Annual report on the health of the army in India
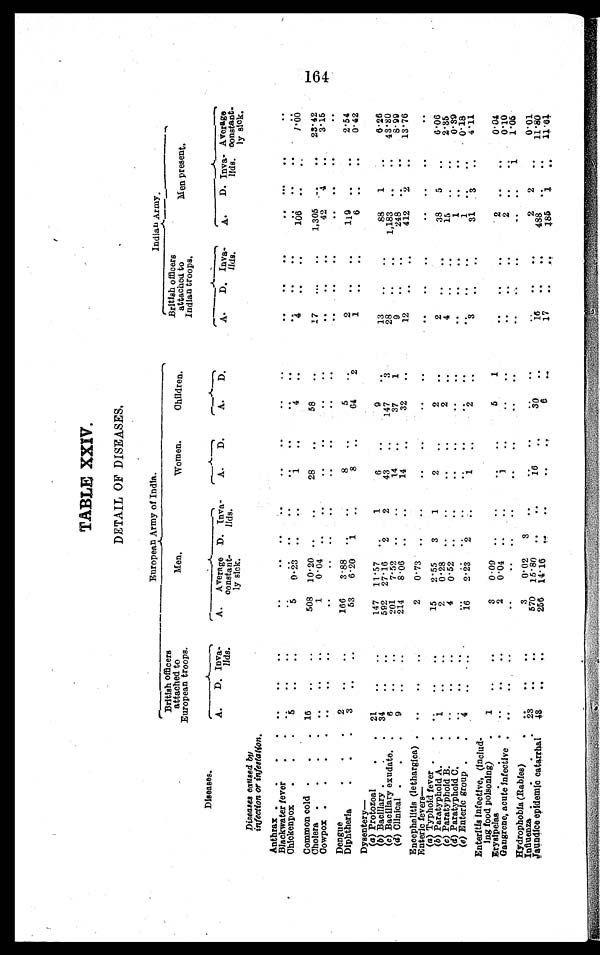
TABLE XXIV.
DETAIL OF DISEASES.
European Army of India.
Indian Army.
British officers
attached to
European troops.
Men.
Women.
Children,
British officers
attached to
Indian troops.
Men present.
Diseases.
A.
D. Inva-
lids.
A.
Average
constant-
ly sick.
D.
I n v a -
lids.
A.
D.
A.
D.
A.
D. Inva-
lids.
A.
D. Inva-
lids.
Average
constant -
ly sick.
Diseases caused by
infection or infestation.
Anthrax . . .
. . .
. . .
. . .
. . .
. . .
. . .
. . .
. . .
. . .
. . .
. . .
. . .
. . .
. . .
. . .
. . .
. . .
. . .
Blackwater fever . . .
. . .
. . .
. . .
. . .
. . .
. . .
. . .
. . .
. . .
. . . . . .
. . .
. . .
. . .
. . . . . .
. . .
. . .
Chickenpox . . .
5
. . .
. . .
5
1 . 0 0
0.23
. . .
. . .
1
. . .
4
. . .
4
. . .
. . .
1 0 6
. . .
. . .
cold . . . 16
. . .
. . .
508
10.20 . . .
. . .
28
. . .
58
. . .
17
. . .
. . .
1,305
. . .
. . . 23.42
Ch
Common cold . . .
. . .
. . .
. . .
. . .
. . .
1
3. 15
0.04
. . .
. . .
. . .
. . .
. . .
. . .
42
. . .
. . .
Cowpox . . .
. . .
. . .
. . .
. . .
. . .
. . .
. . .
. . .
. . .
. . .
. . .
. . .
. . .
. . .
. . .
. . .
. . .
. . .
Dengue . . .
. . .
. . .
. . .
166
. . .
. . .
2.54
3.88
. . .
. . .
8
. . .
5
. . .
1 1 9
2
. . .
. . .
Diphtheria . . .
3
. . .
. . .
53
6.20
1
. . .
8
. . .
64
2
1
. . .
. . .
. . .
. . .
0.42
6
Dysentery—
( a ) P r o t o z o a l . . . 21
. . .
. . .
147 11.57
. . .
1
6
. . .
9
. . .
13
. . .
. . .
88
1
. . .
6.26
( b )B
a c i l l a r y
. . . 34
. . .
. . .
. . .
592 27.16
2
43
2
. . .
147
3
28
1,183
. . .
. . .
. . .
. . .
(c) Bacillary exudate . . .
6
. . .
. . .
8 . 9 9
201
7.52
14
37
1
9
248
. . .
. . .
. . .
. . .
. . .
. . .
. . .
(d) Clinical . . .
9
. . .
. . .
214
8.06
13.76
. . .
14
32
. . .
12
412
. . .
. . .
2
. . .
. . .
. . .
Encephalitis (lethargica) . . .
. . .
. . .
. . .
2
0.7
. . .
. . .
. . .
. . .
. . .
. . .
. . .
. . .
. . .
. . .
. . .
. . .
. . .
Enteric fevers—
. . .
. . .
. . .
(a) Typhoid fever . . .
. . .
. . .
. . .
15
2.55
3
1
2
. . .
2
. . .
. . .
. . .
2 . . .
38
5
6.06
. . .
. . .
. . .
(b) Paratyphoid A . . .
. . .
. . .
. . .
2
0.28
. . .
. . .
. . .
. . .
2
. . .
2.35
4
15
. . .
. . .
(c) Paratyphoid B . . .
. . .
. . .
4
0-39
. . .
. . .
. . .
0 -52
. . .
. . .
. . .
. . .
. . .
. . .
. . .
1
. . .
. . .
. . .
(d) Paratyphoid C . . .
. . .
. . .
. . .
. . .
. . .
. . .
0.18
. . .
. . .
. . .
. . .
. . .
. . .
. . .
. . .
. . .
. . .
(e) Enteric group . . .
. . .
. . .
. . .
. . .
2
. . .
. . .
. . .
16
2.23
4.11
. . .
. . .
8
31
. . .
. . .
. . .
. . .
Enteritis infective, (includ -
ing food poisoning) . . .
1
. . .
. . .
3
0.09
. . .
. . .
. . .
. . .
5
1
. . .
2
. . .
. . .
0.04
. . .
. . .
Erysipelas . . .
0.10
. . .
. . .
. . .
2
0.04
. . .
. . .
1
. . .
2
. . .
. . .
. . .
. . .
. . .
. . .
. . .
Gangrene, acute Infective . . .
1.06
. . .
. . .
. . .
. . .
. . .
. . .
. . .
. . .
. . .
. . .
. . .
1
. . .
. . .
. . .
. . .
. . .
Hydrophobia (Rabies) . . .
. . .
. . .
. . .
3
0.02
3
. . .
0.01
. . .
. . .
. . .
. . .
. . . . . .
. . .
2
2
. . .
Influenza . . . 23
. . .
. . .
570
. . .
15.80
11.80
. . .
. . .
1.6
. . .
3 0
. . .
. . .
488
. . .
. . .
. . .
Jaundice epidemic catarrhal
48
. . .
. . .
. . .
256 14.16
11.61
185
. . .
. . .
. . .
. . .
6
. . .
17
. . .
. . .
1
164